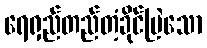
ရေရှည်တည်တံ့ခိုင်မြဲသော